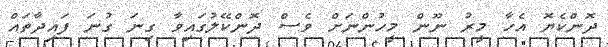
ދޮންކެޔޮ އެހާ މީރު ނޫން މީހުންނަށް ވެސް ދޮންކޭލުގައިވާ ގިނަ ގުނަ ފައިދާތައް